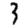
Digit: 3